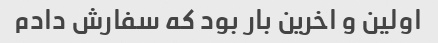
اولین و اخرین بار بود که سفارش دادم